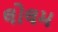
લોલમ